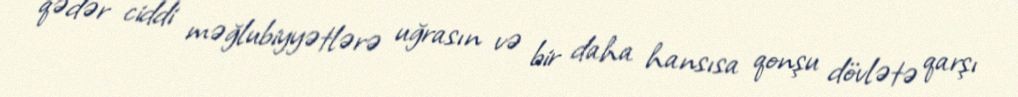
qədər ciddi məğlubiyyətlərə uğrasın və bir daha hansısa qonşu dövlətə qarşı